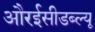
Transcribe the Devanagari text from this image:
औरईसीडब्ल्यू